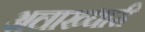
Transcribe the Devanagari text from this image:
अलाख्धारी